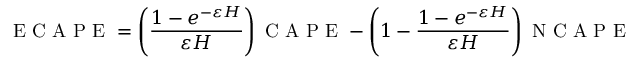
\mathrm { ~ E ~ C ~ A ~ P ~ E ~ } = \left( \frac { 1 - e ^ { - \varepsilon H } } { \varepsilon H } \right) \mathrm { ~ C ~ A ~ P ~ E ~ } - \left( 1 - \frac { 1 - e ^ { - \varepsilon H } } { \varepsilon H } \right) \mathrm { ~ N ~ C ~ A ~ P ~ E ~ }